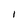
Character: I